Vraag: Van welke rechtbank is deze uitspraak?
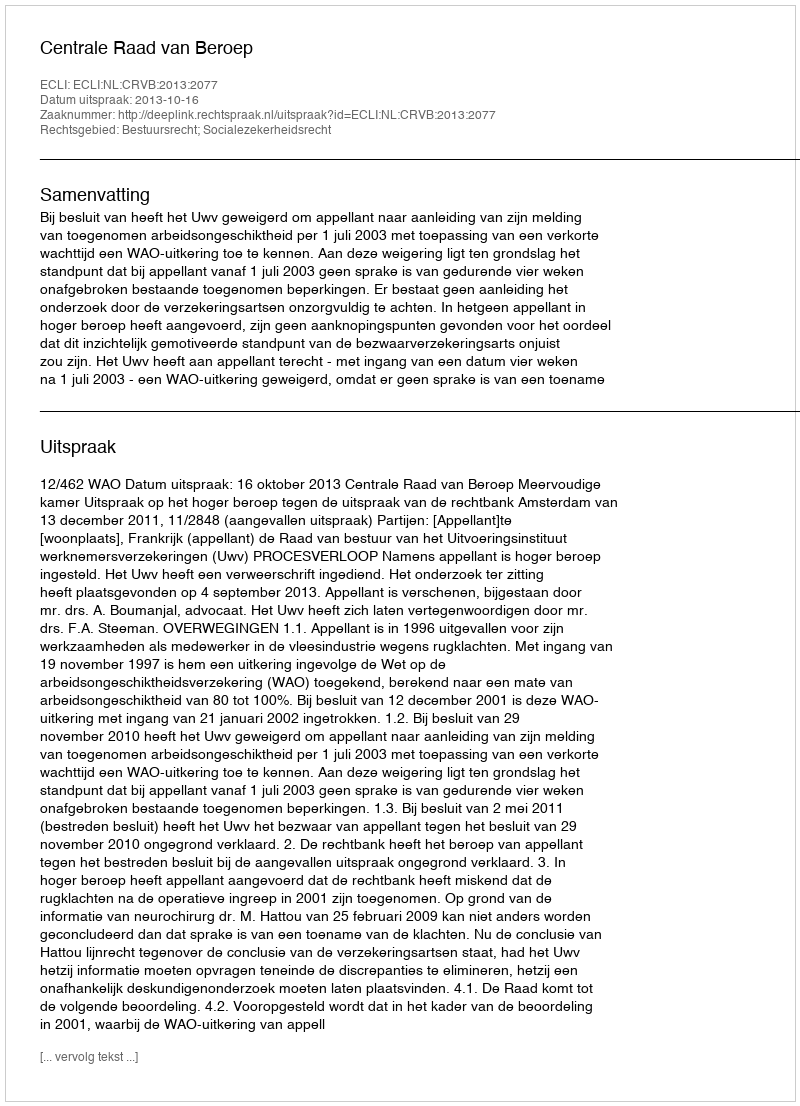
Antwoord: Centrale Raad van Beroep